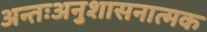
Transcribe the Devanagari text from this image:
अन्तःअनुशासनात्मक